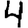
Digit: 4